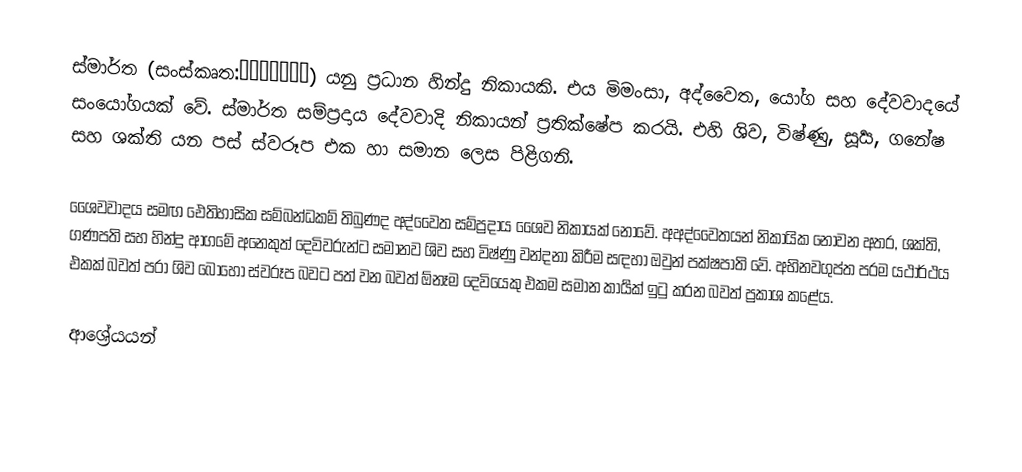
ස්මාර්ත (සංස්කෘත:स्मार्त) යනු ප්‍රධාන හින්දු නිකායකි. එය මිමංසා, අද්වෛත, යෝග සහ දේවවාදයේ සංයෝගයක් වේ. ස්මාර්ත සම්ප්‍රදාය දේවවාදි නිකායන් ප්‍රතික්ෂේප කරයි. එහි ශිව, විෂ්ණු, සූර්‍ය, ගනේෂ සහ ශක්ති යන පස් ස්වරූප එක හා සමාන ලෙස පිළිගනි.

ශෛවවාදය සමඟ ඓතිහාසික සම්බන්ධකම් තිබුණද අද්වෛත සම්ප්‍රදාය ශෛව නිකායක් නොවේ. අඅද්වෛතයන් නිකායික නොවන අතර, ශක්ති, ගණපති සහ හින්දු ආගමේ අනෙකුත් දෙවිවරුන්ට සමානව ශිව සහ විෂ්ණු වන්දනා කිරීම සඳහා ඔවුන් පක්ෂපාති වේ. අභිනවගුප්ත පරම යථාර්ථය එකක් බවත් පරා ශිව බොහෝ ස්වරූප බවට පත් වන බවත් ඕනෑම දෙවියෙකු එකම සමාන කාර්‍යක් ඉටු කරන බවත් ප්‍රකාශ කළේය.

ආශ්‍රේයයන්